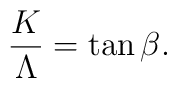
\frac{K}{\Lambda} = \tan{\beta} .